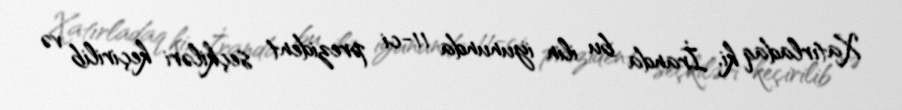
Xatırladaq ki, İranda bu ilin iyununda 11-ci prezident seçkiləri keçirilib və